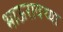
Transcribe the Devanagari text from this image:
भाऊरावच्या